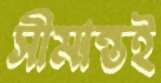
সীমান্তই